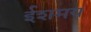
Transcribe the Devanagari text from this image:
ईशमय